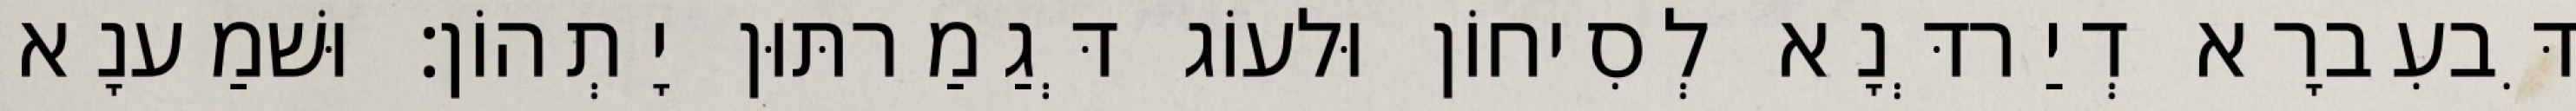
דִּבעִברָא דְיַרדְּנָא לְסִיחוֹן וּלעוֹג דְּגַמַרתּוּן יָתְהוֹן׃ וּשׁמַענָא